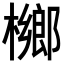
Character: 𣜼